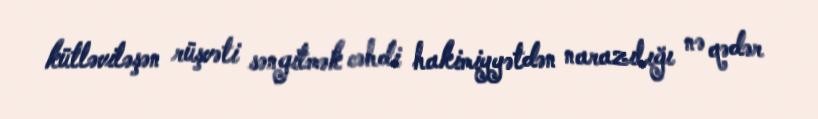
kütləviləşən rüşvəti səngitmək cəhdi hakimiyyətdən narazılığı nə qədər